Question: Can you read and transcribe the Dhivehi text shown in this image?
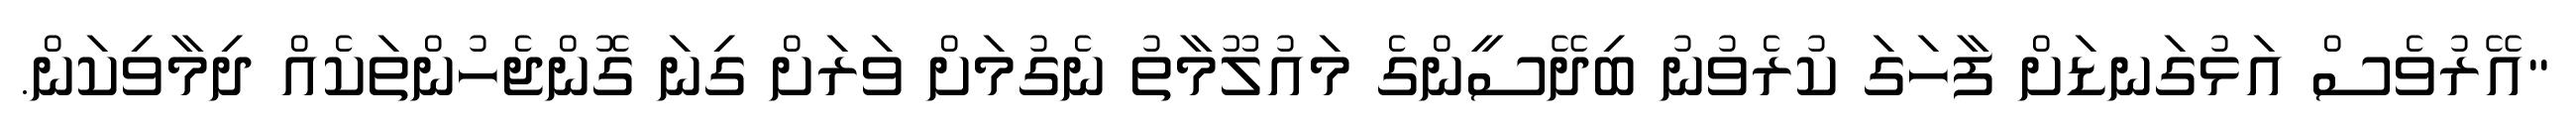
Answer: "އޭރުވެސް އަޅުގަނޑަށް ފާހަގަ ކުރެވުނު ބިދޭސީންގެ މައުލޫމާތު ނެގުމަށް ވަރަށް ގިނަ ގޮންޖެހުންތަކެއް ދިމާވިކަން.